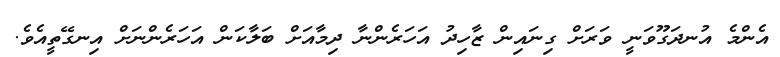
އެންމެ އުނދަގޫވަނީ ވަރަށް ގިނައިން ޒާހިދު އަހަރެންނާ ދިމާއަށް ބަލާކަން އަހަރެންނަށް އިނގޭތީއެވެ.